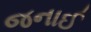
જનાઈ